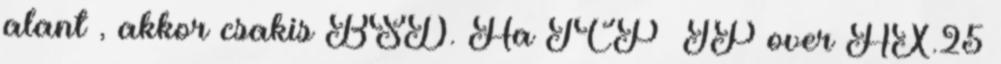
alant , akkor csakis BSD. Ha TCP IP over AX.25